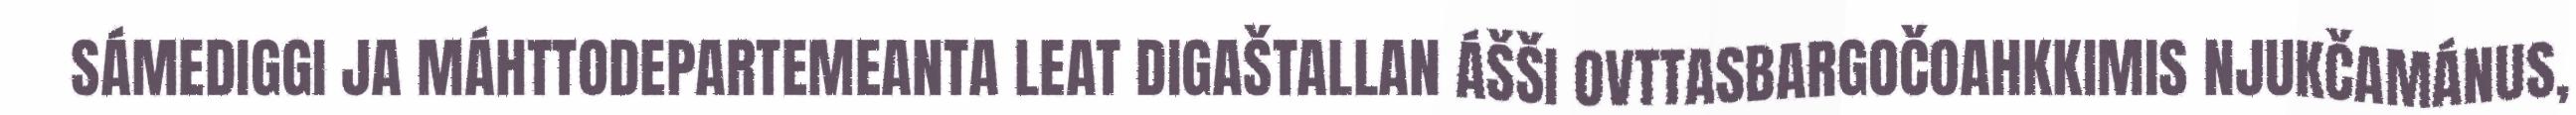
SÁMEDIGGI JA MÁHTTODEPARTEMEANTA LEAT DIGAŠTALLAN ÁŠŠI OVTTASBARGOČOAHKKIMIS NJUKČAMÁNUS,